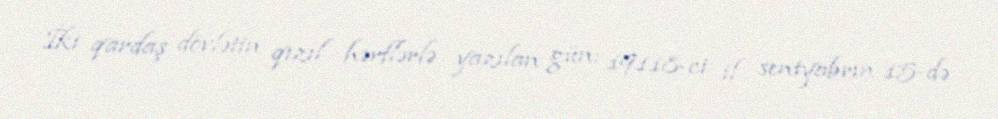
İki qardaş dövlətin qızıl hərflərlə yazılan gün: 19118-ci il sentyabrın 15-də